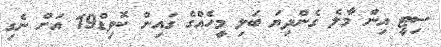
ސިޓީ އިން މާލެ ގެންދިޔަ ބަލި މީހެއްގެ ގައިން ކޮވިޑް19 އަށް ނެގި